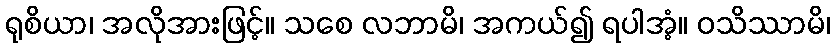
ရုစိယာ၊ အလိုအားဖြင့်။ သစေ လဘာမိ၊ အကယ်၍ ရပါအံ့။ ဝသိဿာမိ၊